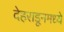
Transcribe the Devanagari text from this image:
देहराडूनमध्ये